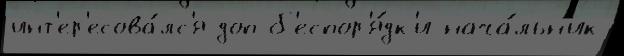
инт'ер'есова́лс'я доп б'еспор'я́дк'и нача́льн'ик